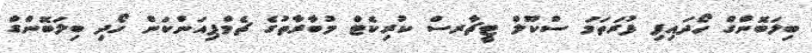
ބިލަބޮންގް ހޯދައިފި ފުރަތަމަ ސްކޫލް ޓީޗާރސް ކުރިކެޓް މުބާރާތުގެ ޗެމްޕިއަންކަން ހޯދި ބިލަބޮންގް